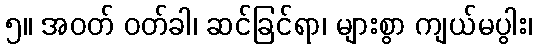
၅။ အဝတ် ဝတ်ခါ၊ ဆင်ခြင်ရာ၊ များစွာ ကျယ်မပွါး၊